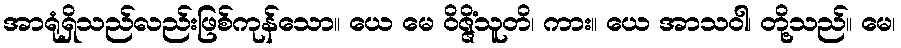
အာရုံရှိသည်လည်းဖြစ်ကုန်သော။ ယေ မေ ဝိဇ္ဇိံသူတိ၊ ကား။ ယေ အာသဝါ၊ တို့သည်။ မေ၊